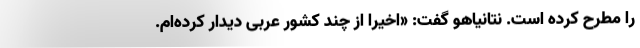
را مطرح کرده است. نتانیاهو گفت: «اخیرا از چند کشور عربی دیدار کرده‌ام.